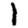
Digit: 1